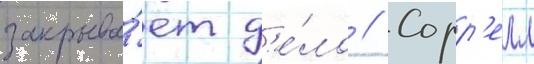
закрыва́ет д'е́ло // Сорр'елл